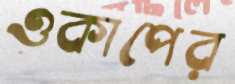
ওকাপের